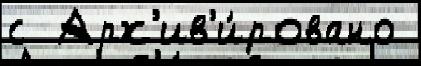
с  Арх'ив'и́ровано